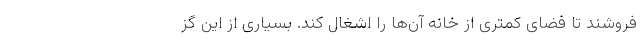
فروشند تا فضای کمتری از خانه آن‌ها را اشغال کند. بسیاری از این گز